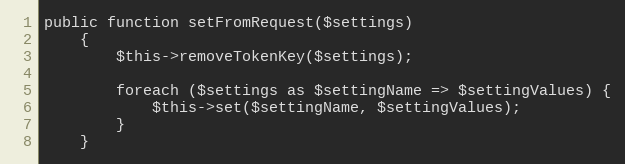
Language: PHP
public function setFromRequest($settings)
    {
        $this->removeTokenKey($settings);

        foreach ($settings as $settingName => $settingValues) {
            $this->set($settingName, $settingValues);
        }
    }